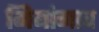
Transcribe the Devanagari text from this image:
मियांगाव